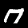
Label: 7